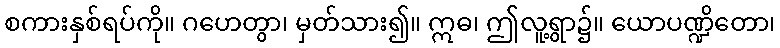
စကားနှစ်ရပ်ကို။ ဂဟေတွာ၊ မှတ်သား၍။ ဣဓ၊ ဤလူ့ရွာ၌။ ယောပဏ္ဍိတော၊